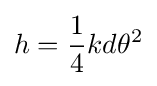
h={\frac {1}{4}}kd\theta ^{2}